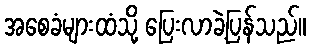
အစေခံများထံသို့ ပြေးလာခဲ့ပြန်သည်။